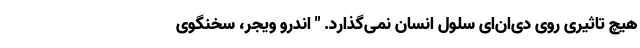
هیچ تاثیری روی دی‌ان‌ای سلول انسان نمی‌گذارد. " اندرو ویجر،‌ سخنگوی